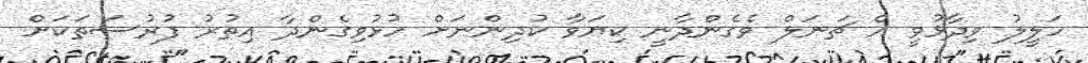
ހަލީލު ވިދާޅުވީ އެ ޗަނަލް ވެގެންދާނީ ކިޔަވާ ކުދިންނަށް ހުޅުވިގެންދާ އިތުރު ފުރުސަތަކަށް